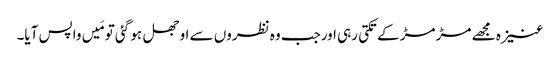
عنیزہ مجھے مڑ مڑ کے تکتی رہی اورجب وہ نظروں سے اوجھل ہو گئی تو مَیں واپس آیا۔